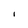
Character: l